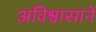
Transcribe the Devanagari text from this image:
अविश्वासाने